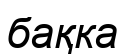
бақка